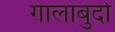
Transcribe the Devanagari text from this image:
गालाबुर्दा